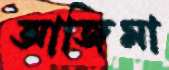
আজিমা